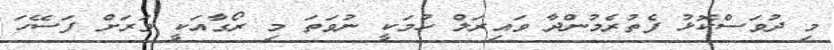
މި ދުވަސްކޮޅު ފެތުރެމުންދާ ވައިރަލް ހުމަކީ ނުވަތަ މި ރޯގާއަކީ ވަރަށް ފަސޭހަ